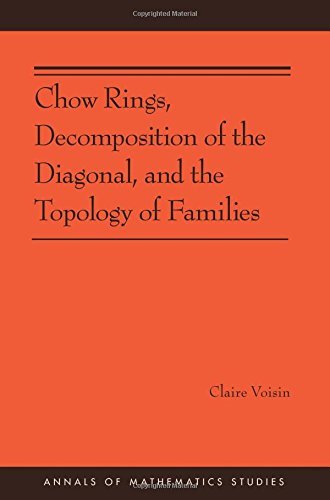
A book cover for Chow Rings, Decomposition of the Diagonal, and the Topology of Families (AM-187) (Annals of Mathematics Studies); Claire Voisin; Science & Math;